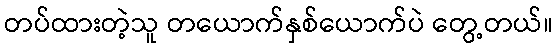
တပ်ထားတဲ့သူ တယောက်နှစ်ယောက်ပဲ တွေ့တယ်။